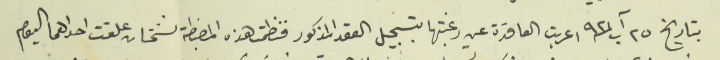
بتاريخ ٢٥ آب سنة ٩٢١ اعربت العاقدة عن رغبتها بتسجيل العقد المذكور فنظمت هذه المضبطة نسختان علقت احداهما اليوم